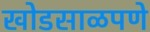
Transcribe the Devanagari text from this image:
खोडसाळपणे